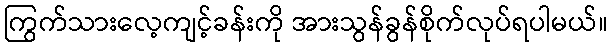
ကြွက်သားလေ့ကျင့်ခန်းကို အားသွန်ခွန်စိုက်လုပ်ရပါမယ်။